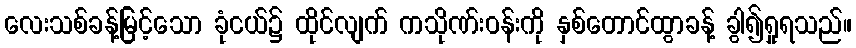
လေးသစ်ခန့်မြင့်သော ခုံငယ်၌ ထိုင်လျက် ကသိုဏ်းဝန်းကို နှစ်တောင်ထွာခန့် ခွါ၍ရှုရသည်။